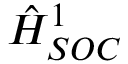
\hat { H } _ { S O C } ^ { 1 }